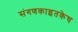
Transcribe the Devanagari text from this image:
संगणकाइतकेच